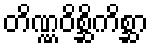
တိဏ္ဏဝိစ္ဆိကိစ္ဆာ